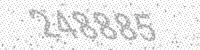
Solution: 248885